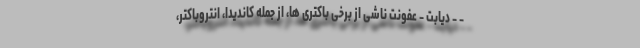
- - دیابت - عفونت ناشی از برخی باکتری ها، از جمله کاندیدا، انتروباکتر،